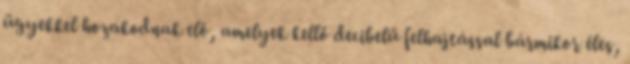
ügyekkel hozakodnak elő, amelyek kellő decibelű felhajtással bármikor éles,